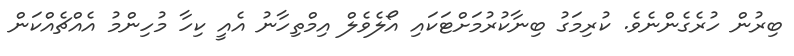
ބިރުން ހުރެގެންނެވެ. ކުރިމަގު ބިނާކުރުމަށްޓަކައި އޯލެވެލް އިމްތިހާނު އެއީ ކިހާ މުހިންމު އެއްޗެއްކަން